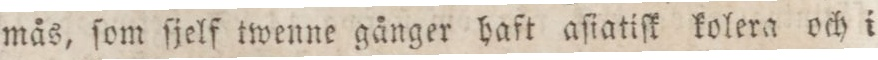
mås, ſom ſjelf twenne gånger haft aſiatiſk kolera och i